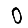
Digit: 0